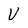
Character: V